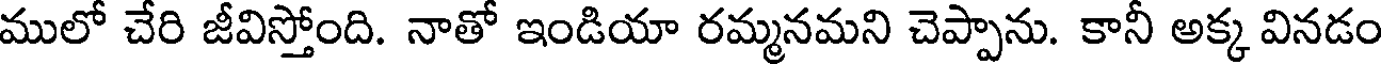
ములో చేరి జీవిస్తోంది. నాతో ఇండియా రమ్మనమని చెప్పాను. కానీ అక్క వినడం